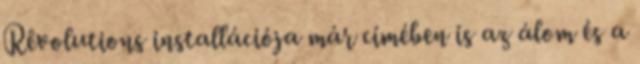
Rêvolutions installációja már címében is az álom és a